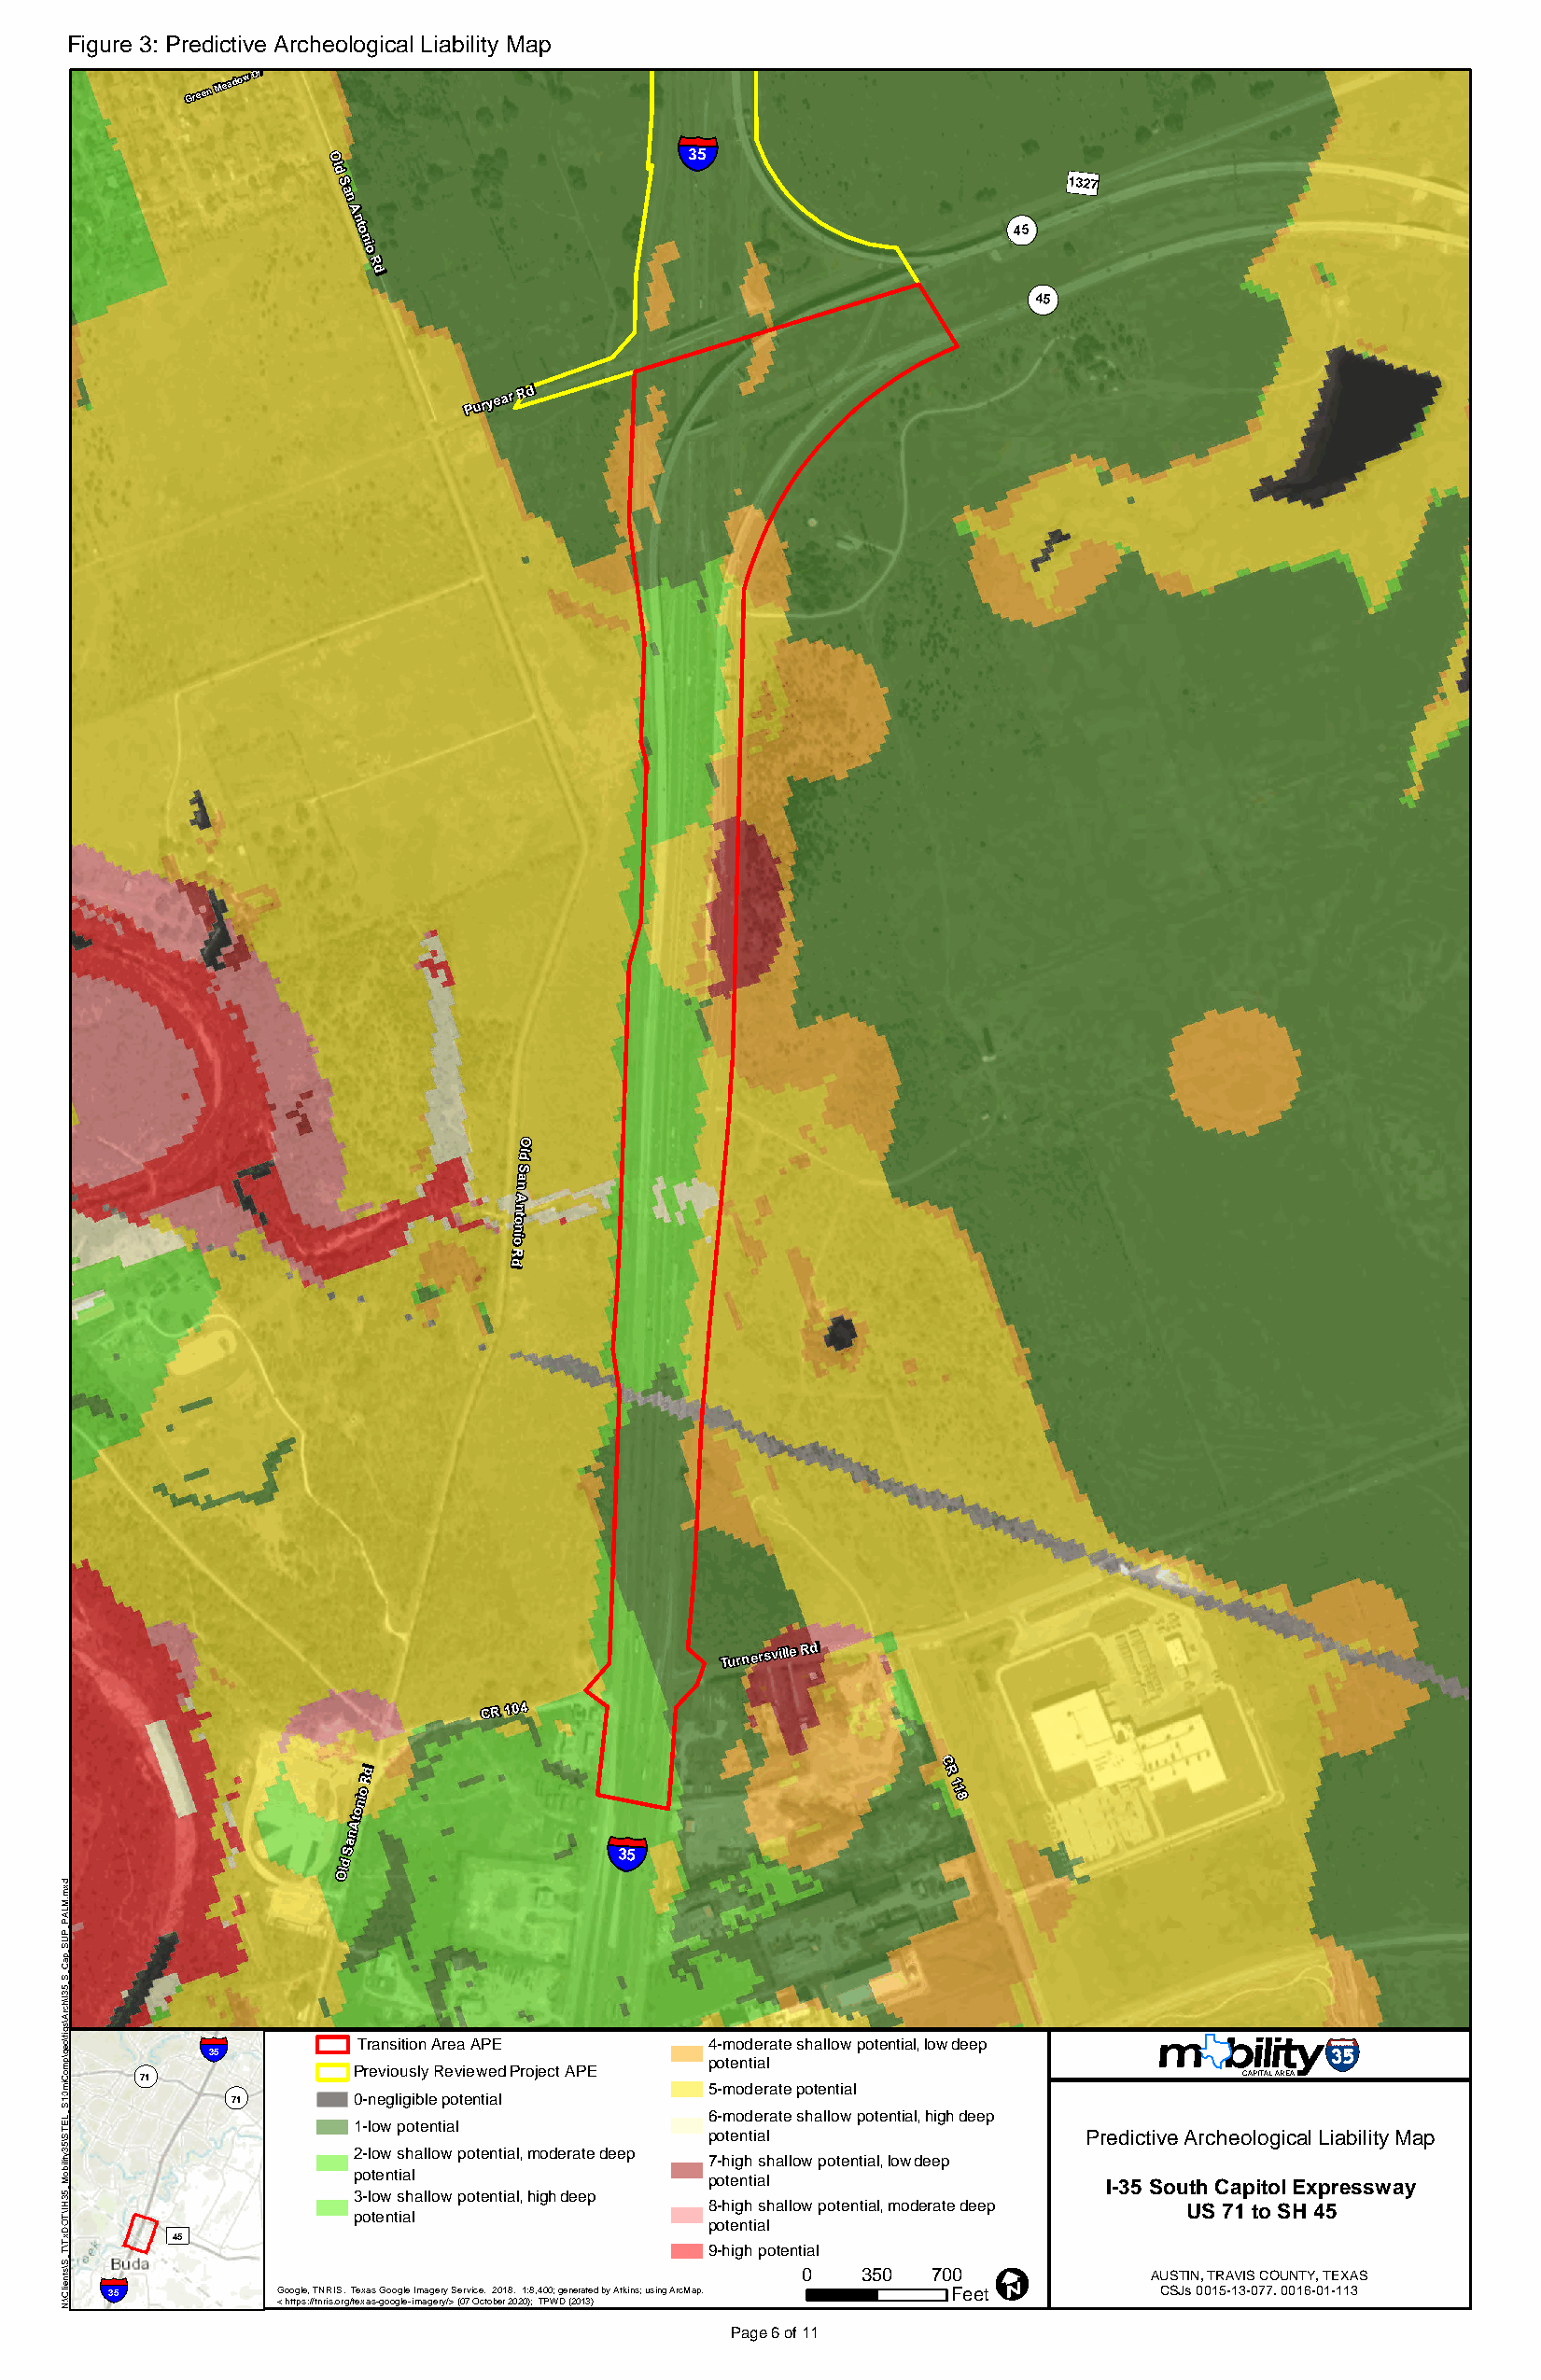
Figure 3: Predictive Archeological Liability Map
 Green
 Meadow Dr
 §¨¦
 O                         35                         Å
 ld
 S                                                   1327
 a
 n
 A                                              ¬«
 n
 to                                             45
 n
 io
 R
 d
 ¬«
 45
 Puryear
 Rd
 O
 dl
 S
 a
 n
 A
 n
 ot
 n
 oi
 R
 d
 Turnersville Rd
 CR 104
 C
 o
 Rd                                       R
 1 1
 ni                                        8
 o
 At
 an                §¨¦
 d
 S                  35
 Ol
 §¨¦
 Transit ion Area APE     4-moderate shallow potential, low deep
 35
 ¬«                                      potential
 71             Previously Reviewed Project APE                                CAPITAL AREA
 ¬«                                5-moderate potential
 71       0-negligible potential
 6-moderate shallow potential, high deep
 1-low potential
 potential                  Predictive Archeological Liability Map
 Old
 S2-low shallow potential, moderate deep
 7-high shallow potential, low deep
 an A ntonp 3 io-o lote wn t sia hl allow potential, high deep 221 Dr p 8o -hte ign ht ia sl
 hallow potential, moderate deep
 I-35 Sou Uth
 S
 C 7a 1p ti oto Sl HEx 4p 5ressway
 pRotential
 ³             d                       potential
 45
 N
 Loop 4
 9-high potential
 I
 §¨¦                                               0   350  700             AUSTIN, TRAVIS COUNTY, TEXAS
 35          Google, TNRIS. Texas Google Imagery Service. 2018. 1:8,400; generated by Atkins; using ArcMap. Feet CSJs 0015-13-077. 0016-01-113
 < https://tnris.org/texas-google-imagery/> (07 October 2020); TPWD (2013)
 Page6 of 11
 dxm.MLAP_PUS_paC_S_53I\hcrA\sgif\oeg\pmoCim01S_LETS\53ytiliboM_53HI\TODxT\T_S\stneilC\:N
 ±